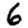
Digit: 6